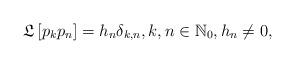
LaTeX: \begin{align*}\mathfrak{L}\left[ p_{k}p_{n}\right] =h_{n}\delta_{k,n},k,n\in\mathbb{N}_{0},h_{n}\neq0, \end{align*}